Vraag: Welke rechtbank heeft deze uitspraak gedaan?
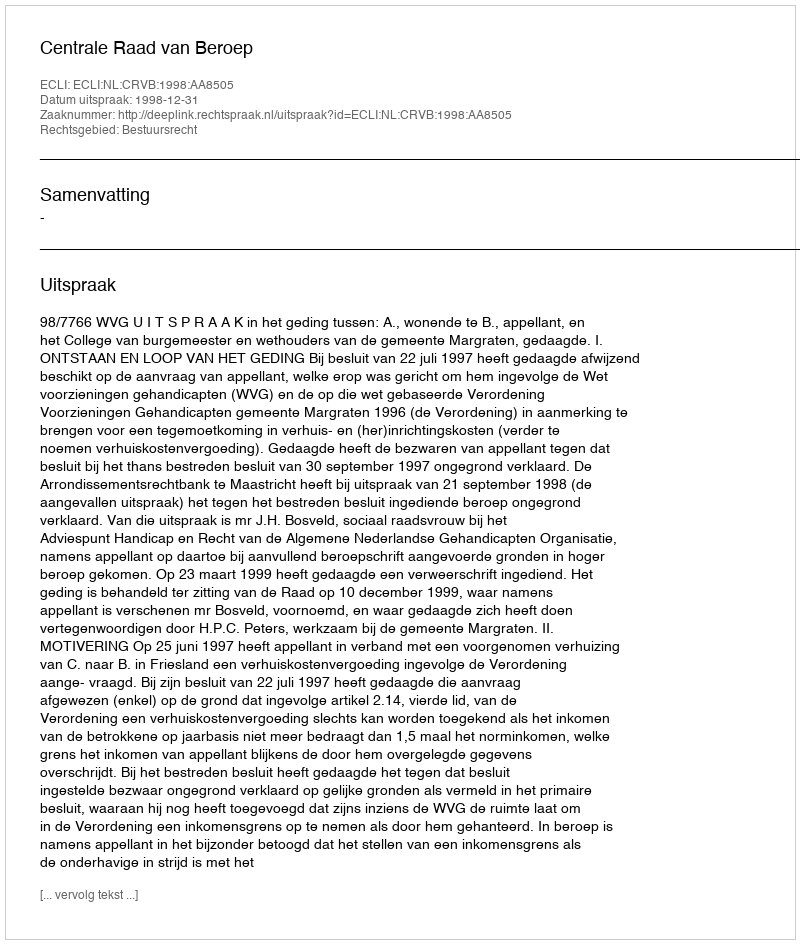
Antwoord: Centrale Raad van Beroep